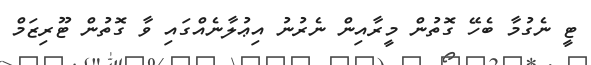
ޓީ ނެގުމާ ބެހޭ ގޮތުން މީރާއިން ނެރުނު އިޢުލާނެއްގައި ވާ ގޮތުން ޓޫރިޒަމް